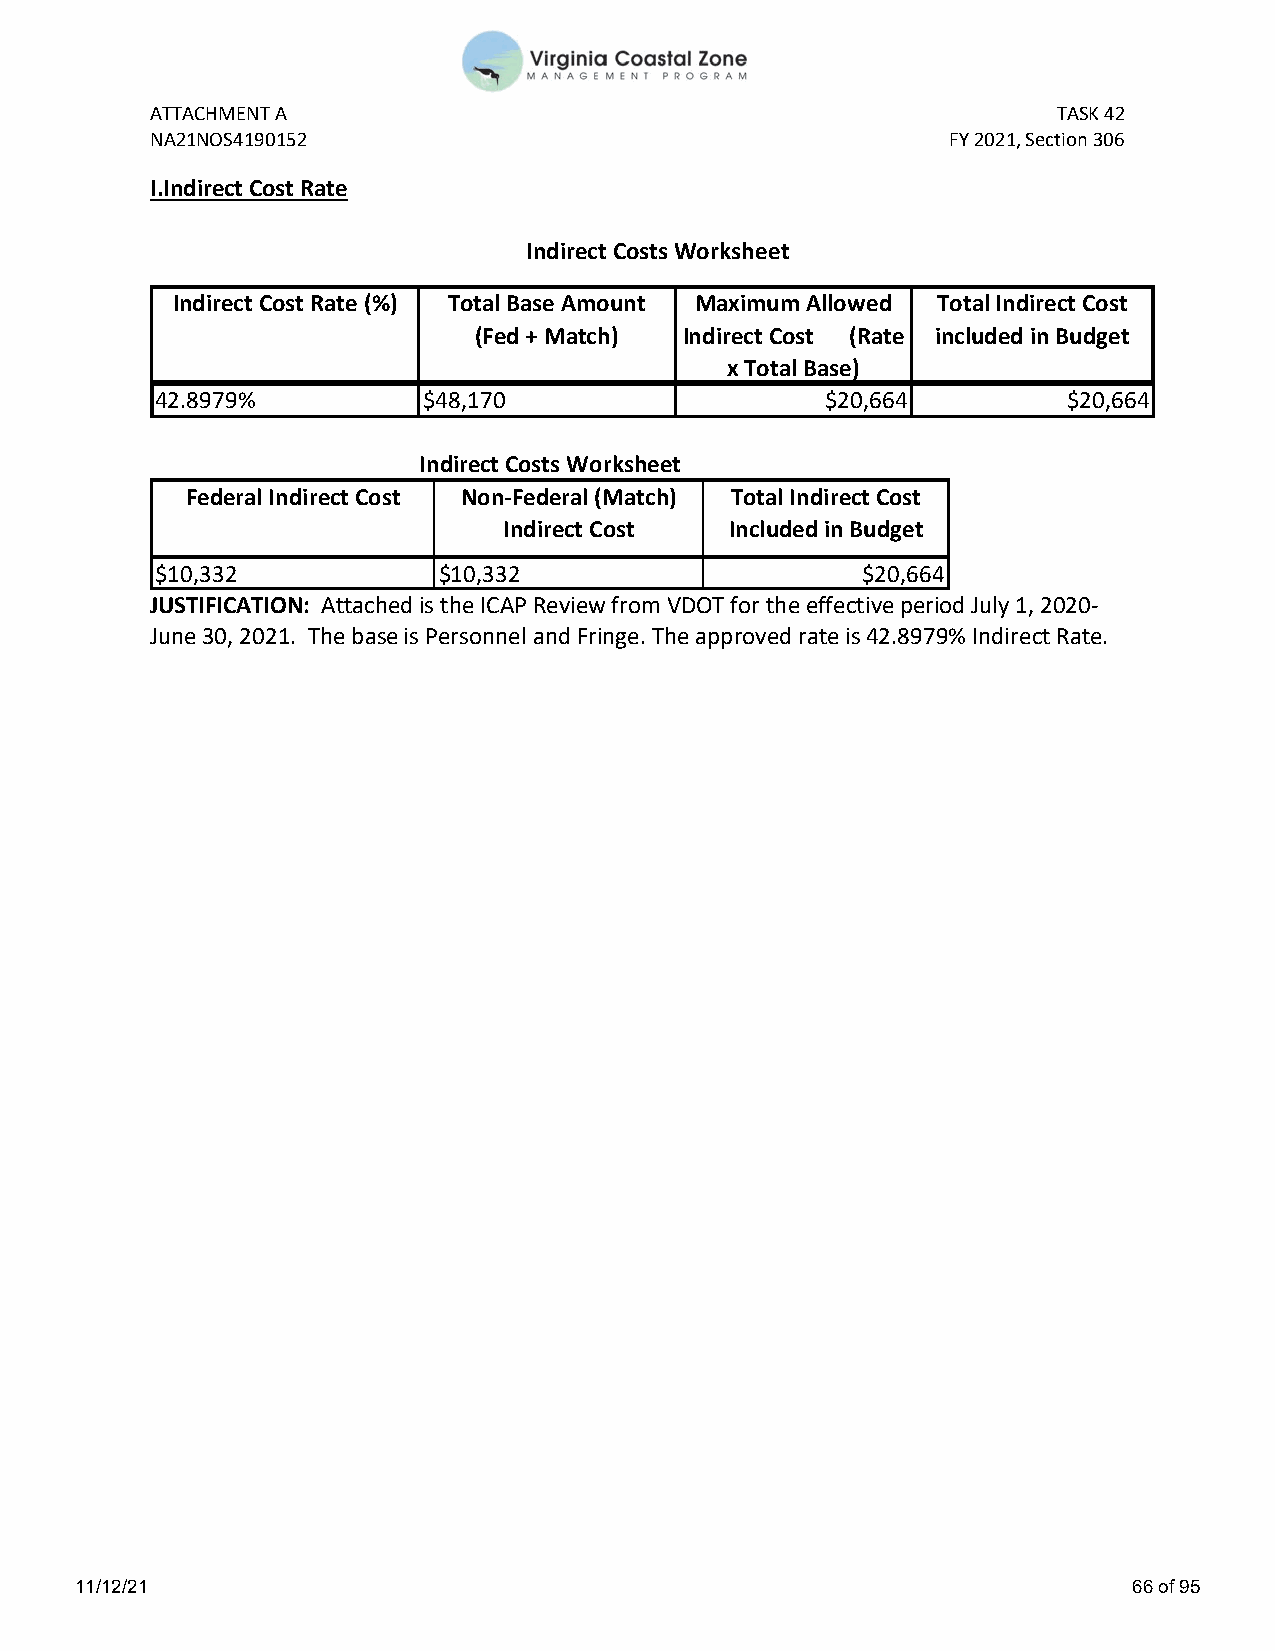
ATTACHMENT A                                                TASK 42
 NA21NOS4190152                                       FY 2021, Section 306
 I.Indirect Cost Rate
 Indirect Costs Worksheet
 Indirect Cost Rate (%) Total Base Amount Maximum Allowed Total Indirect Cost
 (Fed + Match) Indirect Cost (Rate included in Budget
 x Total Base)
 42.8979%          $48,170                    $20,664         $20,664
 Indirect Costs Worksheet
 Federal Indirect Cost Non-Federal (Match) Total Indirect Cost
 Indirect Cost  Included in Budget
 $10,332            $10,332                     $20,664
 JUSTIFICATION: Attached is the ICAP Review from VDOT for the effective period July 1, 2020-
 June 30, 2021. The base is Personnel and Fringe. The approved rate is 42.8979% Indirect Rate.
 11/12/21                                                              66 of 95